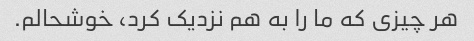
هر چیزی که ما را به هم نزدیک کرد، خوشحالم.